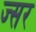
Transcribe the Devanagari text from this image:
ज्सर